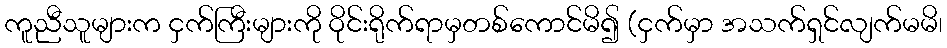
ကူညီသူများက ငှက်ကြီးများကို ဝိုင်းရိုက်ရာမှတစ်ကောင်မိ၍ (ငှက်မှာ အသက်ရှင်လျက်မမိ၊